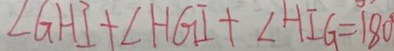
\angle G H I + \angle H G I + \angle H I G = 1 8 0 ^ { \circ }